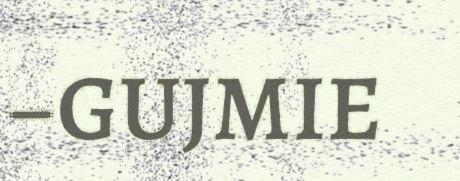
–GUJMIE